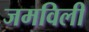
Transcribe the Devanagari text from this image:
जमविली